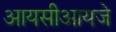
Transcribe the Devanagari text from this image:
आयसीआयजे